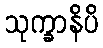
သုက္ခာနိပိ